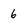
Character: 6